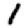
Digit: 1